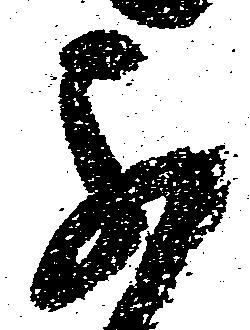
不